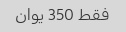
فقط 350 یوان